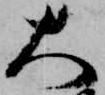
大